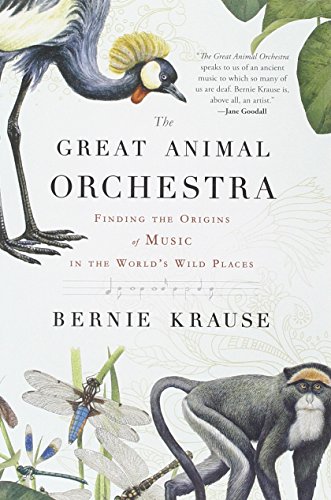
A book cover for The Great Animal Orchestra: Finding the Origins of Music in the World's Wild Places; Bernie Krause; History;